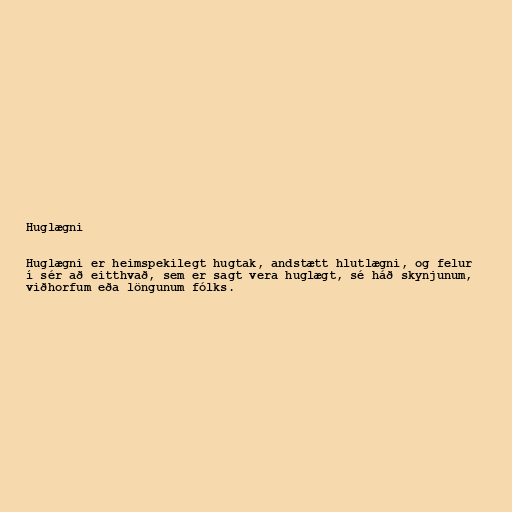
Huglægni

Huglægni er heimspekilegt hugtak, andstætt hlutlægni, og felur
í sér að eitthvað, sem er sagt vera huglægt, sé háð skynjunum,
viðhorfum eða löngunum fólks.